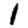
Digit: 1